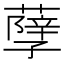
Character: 𦽆